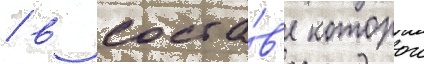
/ в соста́в'е которои